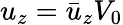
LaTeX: u_{z}=\bar{u}_{z}V_{0}